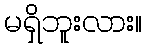
မရှိဘူးလား။